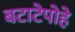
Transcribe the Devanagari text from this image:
बटाटेपोहे